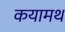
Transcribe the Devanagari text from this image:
कयामथ